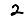
Digit: 2